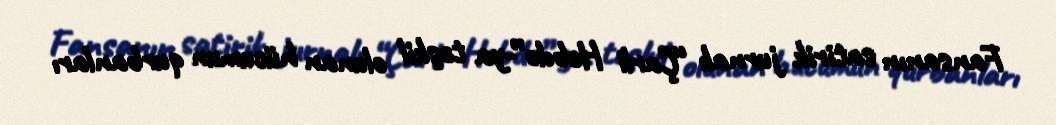
Fansanın satirik jurnalı “Çarli Hebdo”-ya təşkil olunan hücumun qurbanları